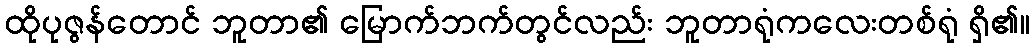
ထိုပုဇွန်တောင် ဘူတာ၏ မြောက်ဘက်တွင်လည်း ဘူတာရုံကလေးတစ်ရုံ ရှိ၏။